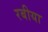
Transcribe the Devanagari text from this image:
रबीया